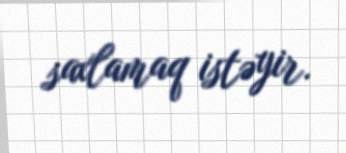
saxlamaq istəyir.